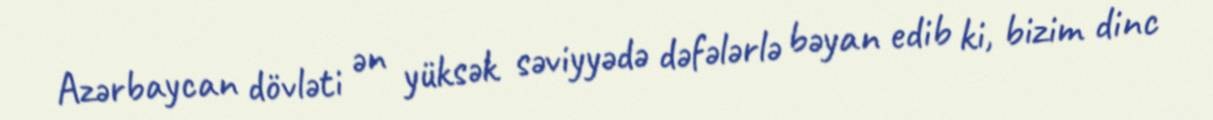
Azərbaycan dövləti ən yüksək səviyyədə dəfələrlə bəyan edib ki, bizim dinc